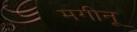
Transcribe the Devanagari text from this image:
मगीनू